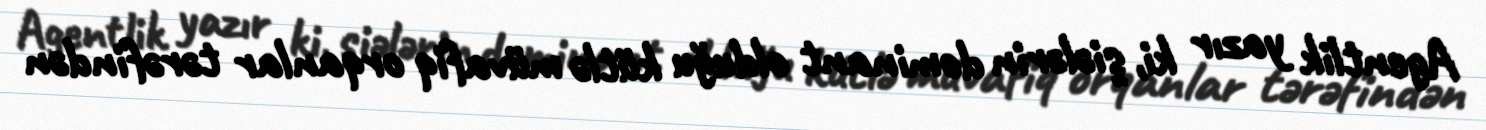
Agentlik yazır ki, şiələrin dominant olduğu kütlə müvafiq orqanlar tərəfindən